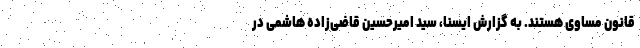
قانون مساوی هستند. به گزارش ایسنا، سید امیرحسین قاضی‌زاده هاشمی در